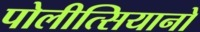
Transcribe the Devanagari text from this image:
पोलीत्सियानो